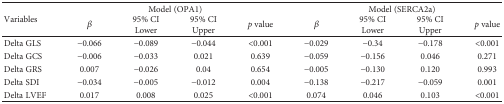
<table><thead><tr><td rowspan="3"><b>Variables</b></td><td colspan="4"><b>Model (OPA1)</b></td><td colspan="4"><b>Model (SERCA2a)</b></td></tr><tr><td rowspan="2"><b><i>β</i></b></td><td><b>95% CI</b></td><td><b>95% CI</b></td><td rowspan="2"><b><i>p</i> value</b></td><td rowspan="2"><b><i>β</i></b></td><td><b>95% CI</b></td><td><b>95% CI</b></td><td rowspan="2"><b><i>p</i> value</b></td></tr><tr><td><b>Lower</b></td><td><b>Upper</b></td><td><b>Lower</b></td><td><b>Upper</b></td></tr></thead><tbody><tr><td>Delta GLS</td><td>−0.066</td><td>−0.089</td><td>−0.044</td><td>&lt;0.001</td><td>−0.029</td><td>−0.34</td><td>−0.178</td><td>&lt;0.001</td></tr><tr><td>Delta GCS</td><td>−0.006</td><td>−0.033</td><td>0.021</td><td>0.639</td><td>−0.059</td><td>−0.156</td><td>0.046</td><td>0.271</td></tr><tr><td>Delta GRS</td><td>0.007</td><td>−0.026</td><td>0.04</td><td>0.654</td><td>−0.005</td><td>−0.130</td><td>0.120</td><td>0.993</td></tr><tr><td>Delta SDI</td><td>−0.034</td><td>−0.005</td><td>−0.012</td><td>0.004</td><td>−0.138</td><td>−0.217</td><td>−0.059</td><td>0.001</td></tr><tr><td>Delta LVEF</td><td>0.017</td><td>0.008</td><td>0.025</td><td>&lt;0.001</td><td>0.074</td><td>0.046</td><td>0.103</td><td>&lt;0.001</td></tr></tbody></table>